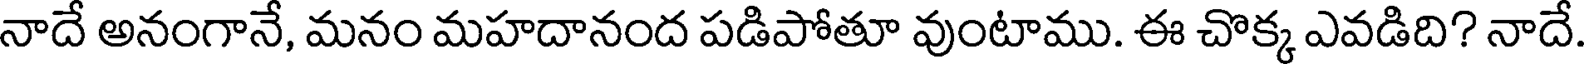
నాదే అనంగానే, మనం మహదానంద పడిపోతూ వుంటాము. ఈ చొక్క ఎవడిది? నాదే